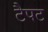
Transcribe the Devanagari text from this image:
टैपट